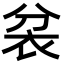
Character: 𮕮